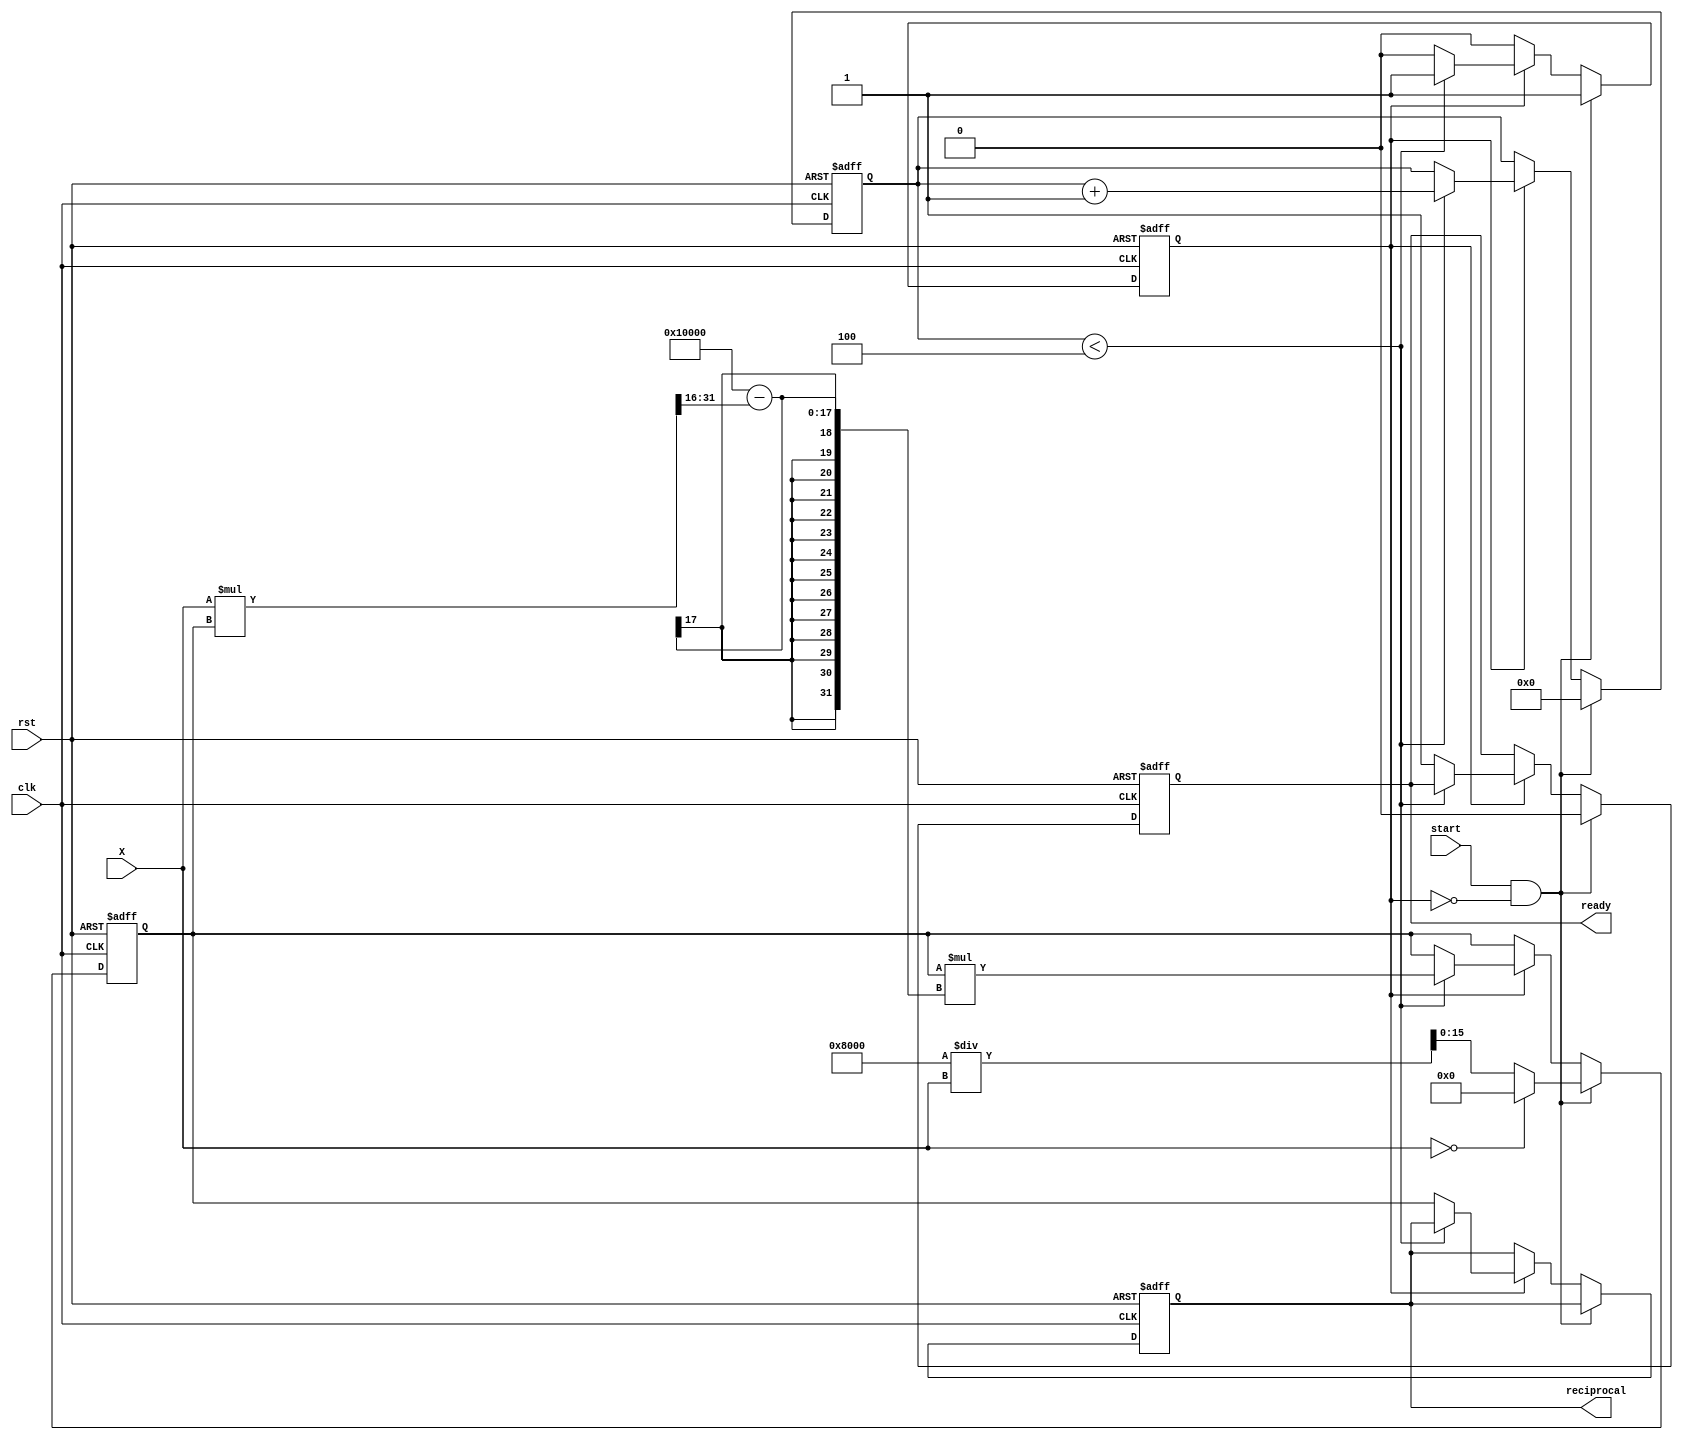
module BitwiseReciprocal #(
    parameter WIDTH = 16, // Bit-width for input and output
    parameter ITERATIONS = 4 // Number of iterations for refinement
)(
    input wire clk,
    input wire rst,
    input wire start,
    input wire [WIDTH-1:0] X, // Input number
    output reg [WIDTH-1:0] reciprocal, // Output reciprocal
    output reg ready // Output signal indicating the result is ready
);

    reg [WIDTH-1:0] estimate; // Current estimate of the reciprocal
    reg [3:0] iteration_count; // Iteration counter
    reg computing; // Flag to indicate computation in progress

    // Initial estimate based on bit manipulation (1 << (WIDTH-1)) / X
    wire [WIDTH-1:0] initial_estimate = (X == 0) ? 0 : (1 << (WIDTH - 1)) / X;

    always @(posedge clk or posedge rst) begin
        if (rst) begin
            reciprocal <= 0;
            estimate <= 0;
            iteration_count <= 0;
            ready <= 0;
            computing <= 0;
        end else if (start && !computing) begin
            // Start the computation
            estimate <= initial_estimate;
            iteration_count <= 0;
            ready <= 0;
            computing <= 1;
        end else if (computing) begin
            if (iteration_count < ITERATIONS) begin
                // Newton-Raphson iteration: estimate = estimate * (2 - X * estimate)
                estimate <= estimate * (2**WIDTH - (X * estimate >> WIDTH));
                iteration_count <= iteration_count + 1;
            end else begin
                // Finished iterations
                reciprocal <= estimate;
                ready <= 1;
                computing <= 0;
            end
        end
    end

endmodule